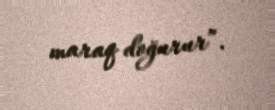
maraq doğurur”.